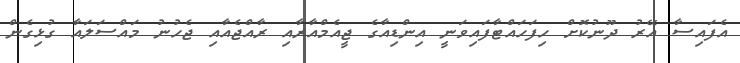
އެފައިސާ އޭރު ދޫނުކޮށް ހިފަހައްޓާފައިވަނީ އިންޑިއާގެ ޖީއެމްއާރާއި ރާއްޖެއާއި ޖެހުނު މައްސަލައާ ގުޅިގެން